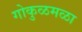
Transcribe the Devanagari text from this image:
गोकुळमळा